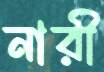
নারী